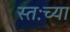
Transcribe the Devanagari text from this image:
स्तःच्या